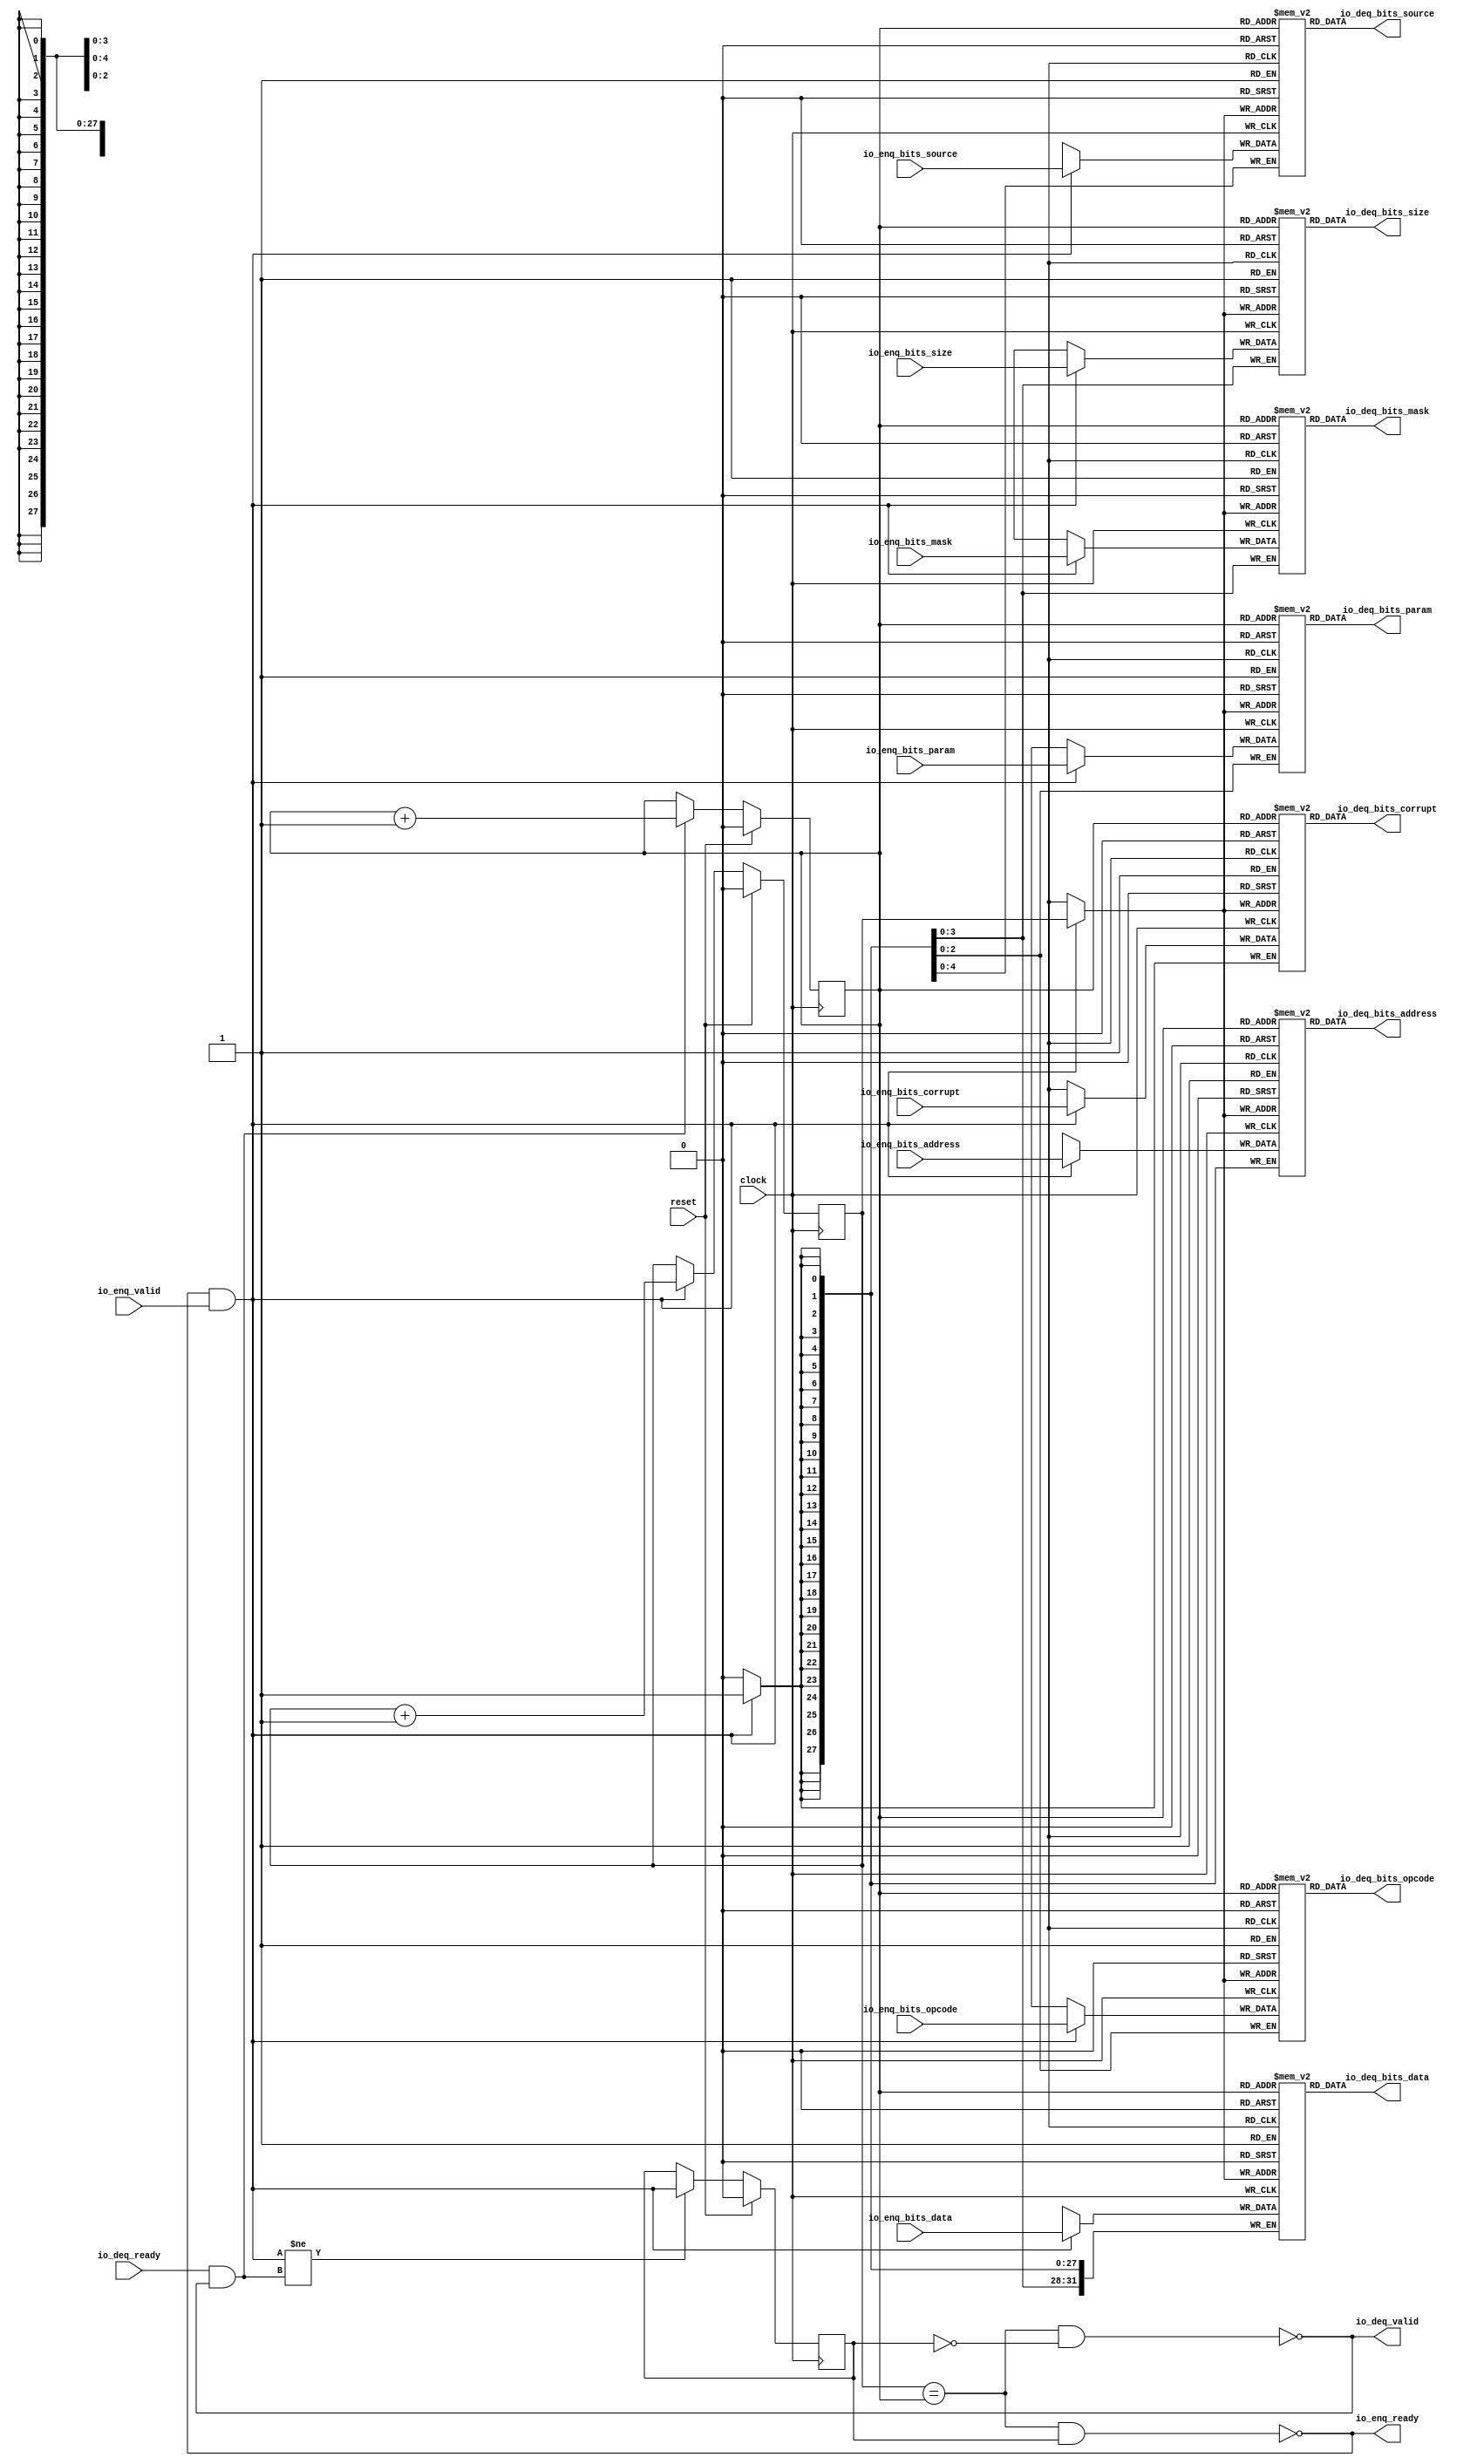
module Queue_21( // @[:freechips.rocketchip.system.DefaultRV32Config.fir@51518.2]
  input         clock, // @[:freechips.rocketchip.system.DefaultRV32Config.fir@51519.4]
  input         reset, // @[:freechips.rocketchip.system.DefaultRV32Config.fir@51520.4]
  output        io_enq_ready, // @[:freechips.rocketchip.system.DefaultRV32Config.fir@51521.4]
  input         io_enq_valid, // @[:freechips.rocketchip.system.DefaultRV32Config.fir@51521.4]
  input  [2:0]  io_enq_bits_opcode, // @[:freechips.rocketchip.system.DefaultRV32Config.fir@51521.4]
  input  [2:0]  io_enq_bits_param, // @[:freechips.rocketchip.system.DefaultRV32Config.fir@51521.4]
  input  [3:0]  io_enq_bits_size, // @[:freechips.rocketchip.system.DefaultRV32Config.fir@51521.4]
  input  [4:0]  io_enq_bits_source, // @[:freechips.rocketchip.system.DefaultRV32Config.fir@51521.4]
  input  [27:0] io_enq_bits_address, // @[:freechips.rocketchip.system.DefaultRV32Config.fir@51521.4]
  input  [3:0]  io_enq_bits_mask, // @[:freechips.rocketchip.system.DefaultRV32Config.fir@51521.4]
  input  [31:0] io_enq_bits_data, // @[:freechips.rocketchip.system.DefaultRV32Config.fir@51521.4]
  input         io_enq_bits_corrupt, // @[:freechips.rocketchip.system.DefaultRV32Config.fir@51521.4]
  input         io_deq_ready, // @[:freechips.rocketchip.system.DefaultRV32Config.fir@51521.4]
  output        io_deq_valid, // @[:freechips.rocketchip.system.DefaultRV32Config.fir@51521.4]
  output [2:0]  io_deq_bits_opcode, // @[:freechips.rocketchip.system.DefaultRV32Config.fir@51521.4]
  output [2:0]  io_deq_bits_param, // @[:freechips.rocketchip.system.DefaultRV32Config.fir@51521.4]
  output [3:0]  io_deq_bits_size, // @[:freechips.rocketchip.system.DefaultRV32Config.fir@51521.4]
  output [4:0]  io_deq_bits_source, // @[:freechips.rocketchip.system.DefaultRV32Config.fir@51521.4]
  output [27:0] io_deq_bits_address, // @[:freechips.rocketchip.system.DefaultRV32Config.fir@51521.4]
  output [3:0]  io_deq_bits_mask, // @[:freechips.rocketchip.system.DefaultRV32Config.fir@51521.4]
  output [31:0] io_deq_bits_data, // @[:freechips.rocketchip.system.DefaultRV32Config.fir@51521.4]
  output        io_deq_bits_corrupt // @[:freechips.rocketchip.system.DefaultRV32Config.fir@51521.4]
);
`ifdef RANDOMIZE_MEM_INIT
  reg [31:0] _RAND_0;
  reg [31:0] _RAND_1;
  reg [31:0] _RAND_2;
  reg [31:0] _RAND_3;
  reg [31:0] _RAND_4;
  reg [31:0] _RAND_5;
  reg [31:0] _RAND_6;
  reg [31:0] _RAND_7;
`endif // RANDOMIZE_MEM_INIT
`ifdef RANDOMIZE_REG_INIT
  reg [31:0] _RAND_8;
  reg [31:0] _RAND_9;
  reg [31:0] _RAND_10;
`endif // RANDOMIZE_REG_INIT
  reg [2:0] ram_opcode [0:1]; // @[Decoupled.scala 209:16:freechips.rocketchip.system.DefaultRV32Config.fir@51523.4]
  wire [2:0] ram_opcode__T_15_data; // @[Decoupled.scala 209:16:freechips.rocketchip.system.DefaultRV32Config.fir@51523.4]
  wire  ram_opcode__T_15_addr; // @[Decoupled.scala 209:16:freechips.rocketchip.system.DefaultRV32Config.fir@51523.4]
  wire [2:0] ram_opcode__T_5_data; // @[Decoupled.scala 209:16:freechips.rocketchip.system.DefaultRV32Config.fir@51523.4]
  wire  ram_opcode__T_5_addr; // @[Decoupled.scala 209:16:freechips.rocketchip.system.DefaultRV32Config.fir@51523.4]
  wire  ram_opcode__T_5_mask; // @[Decoupled.scala 209:16:freechips.rocketchip.system.DefaultRV32Config.fir@51523.4]
  wire  ram_opcode__T_5_en; // @[Decoupled.scala 209:16:freechips.rocketchip.system.DefaultRV32Config.fir@51523.4]
  reg [2:0] ram_param [0:1]; // @[Decoupled.scala 209:16:freechips.rocketchip.system.DefaultRV32Config.fir@51523.4]
  wire [2:0] ram_param__T_15_data; // @[Decoupled.scala 209:16:freechips.rocketchip.system.DefaultRV32Config.fir@51523.4]
  wire  ram_param__T_15_addr; // @[Decoupled.scala 209:16:freechips.rocketchip.system.DefaultRV32Config.fir@51523.4]
  wire [2:0] ram_param__T_5_data; // @[Decoupled.scala 209:16:freechips.rocketchip.system.DefaultRV32Config.fir@51523.4]
  wire  ram_param__T_5_addr; // @[Decoupled.scala 209:16:freechips.rocketchip.system.DefaultRV32Config.fir@51523.4]
  wire  ram_param__T_5_mask; // @[Decoupled.scala 209:16:freechips.rocketchip.system.DefaultRV32Config.fir@51523.4]
  wire  ram_param__T_5_en; // @[Decoupled.scala 209:16:freechips.rocketchip.system.DefaultRV32Config.fir@51523.4]
  reg [3:0] ram_size [0:1]; // @[Decoupled.scala 209:16:freechips.rocketchip.system.DefaultRV32Config.fir@51523.4]
  wire [3:0] ram_size__T_15_data; // @[Decoupled.scala 209:16:freechips.rocketchip.system.DefaultRV32Config.fir@51523.4]
  wire  ram_size__T_15_addr; // @[Decoupled.scala 209:16:freechips.rocketchip.system.DefaultRV32Config.fir@51523.4]
  wire [3:0] ram_size__T_5_data; // @[Decoupled.scala 209:16:freechips.rocketchip.system.DefaultRV32Config.fir@51523.4]
  wire  ram_size__T_5_addr; // @[Decoupled.scala 209:16:freechips.rocketchip.system.DefaultRV32Config.fir@51523.4]
  wire  ram_size__T_5_mask; // @[Decoupled.scala 209:16:freechips.rocketchip.system.DefaultRV32Config.fir@51523.4]
  wire  ram_size__T_5_en; // @[Decoupled.scala 209:16:freechips.rocketchip.system.DefaultRV32Config.fir@51523.4]
  reg [4:0] ram_source [0:1]; // @[Decoupled.scala 209:16:freechips.rocketchip.system.DefaultRV32Config.fir@51523.4]
  wire [4:0] ram_source__T_15_data; // @[Decoupled.scala 209:16:freechips.rocketchip.system.DefaultRV32Config.fir@51523.4]
  wire  ram_source__T_15_addr; // @[Decoupled.scala 209:16:freechips.rocketchip.system.DefaultRV32Config.fir@51523.4]
  wire [4:0] ram_source__T_5_data; // @[Decoupled.scala 209:16:freechips.rocketchip.system.DefaultRV32Config.fir@51523.4]
  wire  ram_source__T_5_addr; // @[Decoupled.scala 209:16:freechips.rocketchip.system.DefaultRV32Config.fir@51523.4]
  wire  ram_source__T_5_mask; // @[Decoupled.scala 209:16:freechips.rocketchip.system.DefaultRV32Config.fir@51523.4]
  wire  ram_source__T_5_en; // @[Decoupled.scala 209:16:freechips.rocketchip.system.DefaultRV32Config.fir@51523.4]
  reg [27:0] ram_address [0:1]; // @[Decoupled.scala 209:16:freechips.rocketchip.system.DefaultRV32Config.fir@51523.4]
  wire [27:0] ram_address__T_15_data; // @[Decoupled.scala 209:16:freechips.rocketchip.system.DefaultRV32Config.fir@51523.4]
  wire  ram_address__T_15_addr; // @[Decoupled.scala 209:16:freechips.rocketchip.system.DefaultRV32Config.fir@51523.4]
  wire [27:0] ram_address__T_5_data; // @[Decoupled.scala 209:16:freechips.rocketchip.system.DefaultRV32Config.fir@51523.4]
  wire  ram_address__T_5_addr; // @[Decoupled.scala 209:16:freechips.rocketchip.system.DefaultRV32Config.fir@51523.4]
  wire  ram_address__T_5_mask; // @[Decoupled.scala 209:16:freechips.rocketchip.system.DefaultRV32Config.fir@51523.4]
  wire  ram_address__T_5_en; // @[Decoupled.scala 209:16:freechips.rocketchip.system.DefaultRV32Config.fir@51523.4]
  reg [3:0] ram_mask [0:1]; // @[Decoupled.scala 209:16:freechips.rocketchip.system.DefaultRV32Config.fir@51523.4]
  wire [3:0] ram_mask__T_15_data; // @[Decoupled.scala 209:16:freechips.rocketchip.system.DefaultRV32Config.fir@51523.4]
  wire  ram_mask__T_15_addr; // @[Decoupled.scala 209:16:freechips.rocketchip.system.DefaultRV32Config.fir@51523.4]
  wire [3:0] ram_mask__T_5_data; // @[Decoupled.scala 209:16:freechips.rocketchip.system.DefaultRV32Config.fir@51523.4]
  wire  ram_mask__T_5_addr; // @[Decoupled.scala 209:16:freechips.rocketchip.system.DefaultRV32Config.fir@51523.4]
  wire  ram_mask__T_5_mask; // @[Decoupled.scala 209:16:freechips.rocketchip.system.DefaultRV32Config.fir@51523.4]
  wire  ram_mask__T_5_en; // @[Decoupled.scala 209:16:freechips.rocketchip.system.DefaultRV32Config.fir@51523.4]
  reg [31:0] ram_data [0:1]; // @[Decoupled.scala 209:16:freechips.rocketchip.system.DefaultRV32Config.fir@51523.4]
  wire [31:0] ram_data__T_15_data; // @[Decoupled.scala 209:16:freechips.rocketchip.system.DefaultRV32Config.fir@51523.4]
  wire  ram_data__T_15_addr; // @[Decoupled.scala 209:16:freechips.rocketchip.system.DefaultRV32Config.fir@51523.4]
  wire [31:0] ram_data__T_5_data; // @[Decoupled.scala 209:16:freechips.rocketchip.system.DefaultRV32Config.fir@51523.4]
  wire  ram_data__T_5_addr; // @[Decoupled.scala 209:16:freechips.rocketchip.system.DefaultRV32Config.fir@51523.4]
  wire  ram_data__T_5_mask; // @[Decoupled.scala 209:16:freechips.rocketchip.system.DefaultRV32Config.fir@51523.4]
  wire  ram_data__T_5_en; // @[Decoupled.scala 209:16:freechips.rocketchip.system.DefaultRV32Config.fir@51523.4]
  reg  ram_corrupt [0:1]; // @[Decoupled.scala 209:16:freechips.rocketchip.system.DefaultRV32Config.fir@51523.4]
  wire  ram_corrupt__T_15_data; // @[Decoupled.scala 209:16:freechips.rocketchip.system.DefaultRV32Config.fir@51523.4]
  wire  ram_corrupt__T_15_addr; // @[Decoupled.scala 209:16:freechips.rocketchip.system.DefaultRV32Config.fir@51523.4]
  wire  ram_corrupt__T_5_data; // @[Decoupled.scala 209:16:freechips.rocketchip.system.DefaultRV32Config.fir@51523.4]
  wire  ram_corrupt__T_5_addr; // @[Decoupled.scala 209:16:freechips.rocketchip.system.DefaultRV32Config.fir@51523.4]
  wire  ram_corrupt__T_5_mask; // @[Decoupled.scala 209:16:freechips.rocketchip.system.DefaultRV32Config.fir@51523.4]
  wire  ram_corrupt__T_5_en; // @[Decoupled.scala 209:16:freechips.rocketchip.system.DefaultRV32Config.fir@51523.4]
  reg  _T; // @[Counter.scala 29:33:freechips.rocketchip.system.DefaultRV32Config.fir@51524.4]
  reg  _T_1; // @[Counter.scala 29:33:freechips.rocketchip.system.DefaultRV32Config.fir@51525.4]
  reg  maybe_full; // @[Decoupled.scala 212:27:freechips.rocketchip.system.DefaultRV32Config.fir@51526.4]
  wire  ptr_match; // @[Decoupled.scala 214:33:freechips.rocketchip.system.DefaultRV32Config.fir@51527.4]
  wire  _T_2; // @[Decoupled.scala 215:28:freechips.rocketchip.system.DefaultRV32Config.fir@51528.4]
  wire  empty; // @[Decoupled.scala 215:25:freechips.rocketchip.system.DefaultRV32Config.fir@51529.4]
  wire  full; // @[Decoupled.scala 216:24:freechips.rocketchip.system.DefaultRV32Config.fir@51530.4]
  wire  do_enq; // @[Decoupled.scala 40:37:freechips.rocketchip.system.DefaultRV32Config.fir@51531.4]
  wire  do_deq; // @[Decoupled.scala 40:37:freechips.rocketchip.system.DefaultRV32Config.fir@51534.4]
  wire  _T_8; // @[Counter.scala 39:22:freechips.rocketchip.system.DefaultRV32Config.fir@51549.6]
  wire  _T_11; // @[Counter.scala 39:22:freechips.rocketchip.system.DefaultRV32Config.fir@51555.6]
  wire  _T_12; // @[Decoupled.scala 227:16:freechips.rocketchip.system.DefaultRV32Config.fir@51558.4]
  assign ram_opcode__T_15_addr = _T_1;
  assign ram_opcode__T_15_data = ram_opcode[ram_opcode__T_15_addr]; // @[Decoupled.scala 209:16:freechips.rocketchip.system.DefaultRV32Config.fir@51523.4]
  assign ram_opcode__T_5_data = io_enq_bits_opcode;
  assign ram_opcode__T_5_addr = _T;
  assign ram_opcode__T_5_mask = 1'h1;
  assign ram_opcode__T_5_en = io_enq_ready & io_enq_valid;
  assign ram_param__T_15_addr = _T_1;
  assign ram_param__T_15_data = ram_param[ram_param__T_15_addr]; // @[Decoupled.scala 209:16:freechips.rocketchip.system.DefaultRV32Config.fir@51523.4]
  assign ram_param__T_5_data = io_enq_bits_param;
  assign ram_param__T_5_addr = _T;
  assign ram_param__T_5_mask = 1'h1;
  assign ram_param__T_5_en = io_enq_ready & io_enq_valid;
  assign ram_size__T_15_addr = _T_1;
  assign ram_size__T_15_data = ram_size[ram_size__T_15_addr]; // @[Decoupled.scala 209:16:freechips.rocketchip.system.DefaultRV32Config.fir@51523.4]
  assign ram_size__T_5_data = io_enq_bits_size;
  assign ram_size__T_5_addr = _T;
  assign ram_size__T_5_mask = 1'h1;
  assign ram_size__T_5_en = io_enq_ready & io_enq_valid;
  assign ram_source__T_15_addr = _T_1;
  assign ram_source__T_15_data = ram_source[ram_source__T_15_addr]; // @[Decoupled.scala 209:16:freechips.rocketchip.system.DefaultRV32Config.fir@51523.4]
  assign ram_source__T_5_data = io_enq_bits_source;
  assign ram_source__T_5_addr = _T;
  assign ram_source__T_5_mask = 1'h1;
  assign ram_source__T_5_en = io_enq_ready & io_enq_valid;
  assign ram_address__T_15_addr = _T_1;
  assign ram_address__T_15_data = ram_address[ram_address__T_15_addr]; // @[Decoupled.scala 209:16:freechips.rocketchip.system.DefaultRV32Config.fir@51523.4]
  assign ram_address__T_5_data = io_enq_bits_address;
  assign ram_address__T_5_addr = _T;
  assign ram_address__T_5_mask = 1'h1;
  assign ram_address__T_5_en = io_enq_ready & io_enq_valid;
  assign ram_mask__T_15_addr = _T_1;
  assign ram_mask__T_15_data = ram_mask[ram_mask__T_15_addr]; // @[Decoupled.scala 209:16:freechips.rocketchip.system.DefaultRV32Config.fir@51523.4]
  assign ram_mask__T_5_data = io_enq_bits_mask;
  assign ram_mask__T_5_addr = _T;
  assign ram_mask__T_5_mask = 1'h1;
  assign ram_mask__T_5_en = io_enq_ready & io_enq_valid;
  assign ram_data__T_15_addr = _T_1;
  assign ram_data__T_15_data = ram_data[ram_data__T_15_addr]; // @[Decoupled.scala 209:16:freechips.rocketchip.system.DefaultRV32Config.fir@51523.4]
  assign ram_data__T_5_data = io_enq_bits_data;
  assign ram_data__T_5_addr = _T;
  assign ram_data__T_5_mask = 1'h1;
  assign ram_data__T_5_en = io_enq_ready & io_enq_valid;
  assign ram_corrupt__T_15_addr = _T_1;
  assign ram_corrupt__T_15_data = ram_corrupt[ram_corrupt__T_15_addr]; // @[Decoupled.scala 209:16:freechips.rocketchip.system.DefaultRV32Config.fir@51523.4]
  assign ram_corrupt__T_5_data = io_enq_bits_corrupt;
  assign ram_corrupt__T_5_addr = _T;
  assign ram_corrupt__T_5_mask = 1'h1;
  assign ram_corrupt__T_5_en = io_enq_ready & io_enq_valid;
  assign ptr_match = _T == _T_1; // @[Decoupled.scala 214:33:freechips.rocketchip.system.DefaultRV32Config.fir@51527.4]
  assign _T_2 = ~maybe_full; // @[Decoupled.scala 215:28:freechips.rocketchip.system.DefaultRV32Config.fir@51528.4]
  assign empty = ptr_match & _T_2; // @[Decoupled.scala 215:25:freechips.rocketchip.system.DefaultRV32Config.fir@51529.4]
  assign full = ptr_match & maybe_full; // @[Decoupled.scala 216:24:freechips.rocketchip.system.DefaultRV32Config.fir@51530.4]
  assign do_enq = io_enq_ready & io_enq_valid; // @[Decoupled.scala 40:37:freechips.rocketchip.system.DefaultRV32Config.fir@51531.4]
  assign do_deq = io_deq_ready & io_deq_valid; // @[Decoupled.scala 40:37:freechips.rocketchip.system.DefaultRV32Config.fir@51534.4]
  assign _T_8 = _T + 1'h1; // @[Counter.scala 39:22:freechips.rocketchip.system.DefaultRV32Config.fir@51549.6]
  assign _T_11 = _T_1 + 1'h1; // @[Counter.scala 39:22:freechips.rocketchip.system.DefaultRV32Config.fir@51555.6]
  assign _T_12 = do_enq != do_deq; // @[Decoupled.scala 227:16:freechips.rocketchip.system.DefaultRV32Config.fir@51558.4]
  assign io_enq_ready = ~full; // @[Decoupled.scala 232:16:freechips.rocketchip.system.DefaultRV32Config.fir@51565.4]
  assign io_deq_valid = ~empty; // @[Decoupled.scala 231:16:freechips.rocketchip.system.DefaultRV32Config.fir@51563.4]
  assign io_deq_bits_opcode = ram_opcode__T_15_data; // @[Decoupled.scala 233:15:freechips.rocketchip.system.DefaultRV32Config.fir@51574.4]
  assign io_deq_bits_param = ram_param__T_15_data; // @[Decoupled.scala 233:15:freechips.rocketchip.system.DefaultRV32Config.fir@51573.4]
  assign io_deq_bits_size = ram_size__T_15_data; // @[Decoupled.scala 233:15:freechips.rocketchip.system.DefaultRV32Config.fir@51572.4]
  assign io_deq_bits_source = ram_source__T_15_data; // @[Decoupled.scala 233:15:freechips.rocketchip.system.DefaultRV32Config.fir@51571.4]
  assign io_deq_bits_address = ram_address__T_15_data; // @[Decoupled.scala 233:15:freechips.rocketchip.system.DefaultRV32Config.fir@51570.4]
  assign io_deq_bits_mask = ram_mask__T_15_data; // @[Decoupled.scala 233:15:freechips.rocketchip.system.DefaultRV32Config.fir@51569.4]
  assign io_deq_bits_data = ram_data__T_15_data; // @[Decoupled.scala 233:15:freechips.rocketchip.system.DefaultRV32Config.fir@51568.4]
  assign io_deq_bits_corrupt = ram_corrupt__T_15_data; // @[Decoupled.scala 233:15:freechips.rocketchip.system.DefaultRV32Config.fir@51567.4]
`ifdef RANDOMIZE_GARBAGE_ASSIGN
`define RANDOMIZE
`endif
`ifdef RANDOMIZE_INVALID_ASSIGN
`define RANDOMIZE
`endif
`ifdef RANDOMIZE_REG_INIT
`define RANDOMIZE
`endif
`ifdef RANDOMIZE_MEM_INIT
`define RANDOMIZE
`endif
`ifndef RANDOM
`define RANDOM $random
`endif
`ifdef RANDOMIZE_MEM_INIT
  integer initvar;
`endif
`ifndef SYNTHESIS
`ifdef FIRRTL_BEFORE_INITIAL
`FIRRTL_BEFORE_INITIAL
`endif
initial begin
  `ifdef RANDOMIZE
    `ifdef INIT_RANDOM
      `INIT_RANDOM
    `endif
    `ifndef VERILATOR
      `ifdef RANDOMIZE_DELAY
        #`RANDOMIZE_DELAY begin end
      `else
        #0.002 begin end
      `endif
    `endif
`ifdef RANDOMIZE_MEM_INIT
  _RAND_0 = {1{`RANDOM}};
  for (initvar = 0; initvar < 2; initvar = initvar+1)
    ram_opcode[initvar] = _RAND_0[2:0];
  _RAND_1 = {1{`RANDOM}};
  for (initvar = 0; initvar < 2; initvar = initvar+1)
    ram_param[initvar] = _RAND_1[2:0];
  _RAND_2 = {1{`RANDOM}};
  for (initvar = 0; initvar < 2; initvar = initvar+1)
    ram_size[initvar] = _RAND_2[3:0];
  _RAND_3 = {1{`RANDOM}};
  for (initvar = 0; initvar < 2; initvar = initvar+1)
    ram_source[initvar] = _RAND_3[4:0];
  _RAND_4 = {1{`RANDOM}};
  for (initvar = 0; initvar < 2; initvar = initvar+1)
    ram_address[initvar] = _RAND_4[27:0];
  _RAND_5 = {1{`RANDOM}};
  for (initvar = 0; initvar < 2; initvar = initvar+1)
    ram_mask[initvar] = _RAND_5[3:0];
  _RAND_6 = {1{`RANDOM}};
  for (initvar = 0; initvar < 2; initvar = initvar+1)
    ram_data[initvar] = _RAND_6[31:0];
  _RAND_7 = {1{`RANDOM}};
  for (initvar = 0; initvar < 2; initvar = initvar+1)
    ram_corrupt[initvar] = _RAND_7[0:0];
`endif // RANDOMIZE_MEM_INIT
`ifdef RANDOMIZE_REG_INIT
  _RAND_8 = {1{`RANDOM}};
  _T = _RAND_8[0:0];
  _RAND_9 = {1{`RANDOM}};
  _T_1 = _RAND_9[0:0];
  _RAND_10 = {1{`RANDOM}};
  maybe_full = _RAND_10[0:0];
`endif // RANDOMIZE_REG_INIT
  `endif // RANDOMIZE
end // initial
`ifdef FIRRTL_AFTER_INITIAL
`FIRRTL_AFTER_INITIAL
`endif
`endif // SYNTHESIS
  always @(posedge clock) begin
    if(ram_opcode__T_5_en & ram_opcode__T_5_mask) begin
      ram_opcode[ram_opcode__T_5_addr] <= ram_opcode__T_5_data; // @[Decoupled.scala 209:16:freechips.rocketchip.system.DefaultRV32Config.fir@51523.4]
    end
    if(ram_param__T_5_en & ram_param__T_5_mask) begin
      ram_param[ram_param__T_5_addr] <= ram_param__T_5_data; // @[Decoupled.scala 209:16:freechips.rocketchip.system.DefaultRV32Config.fir@51523.4]
    end
    if(ram_size__T_5_en & ram_size__T_5_mask) begin
      ram_size[ram_size__T_5_addr] <= ram_size__T_5_data; // @[Decoupled.scala 209:16:freechips.rocketchip.system.DefaultRV32Config.fir@51523.4]
    end
    if(ram_source__T_5_en & ram_source__T_5_mask) begin
      ram_source[ram_source__T_5_addr] <= ram_source__T_5_data; // @[Decoupled.scala 209:16:freechips.rocketchip.system.DefaultRV32Config.fir@51523.4]
    end
    if(ram_address__T_5_en & ram_address__T_5_mask) begin
      ram_address[ram_address__T_5_addr] <= ram_address__T_5_data; // @[Decoupled.scala 209:16:freechips.rocketchip.system.DefaultRV32Config.fir@51523.4]
    end
    if(ram_mask__T_5_en & ram_mask__T_5_mask) begin
      ram_mask[ram_mask__T_5_addr] <= ram_mask__T_5_data; // @[Decoupled.scala 209:16:freechips.rocketchip.system.DefaultRV32Config.fir@51523.4]
    end
    if(ram_data__T_5_en & ram_data__T_5_mask) begin
      ram_data[ram_data__T_5_addr] <= ram_data__T_5_data; // @[Decoupled.scala 209:16:freechips.rocketchip.system.DefaultRV32Config.fir@51523.4]
    end
    if(ram_corrupt__T_5_en & ram_corrupt__T_5_mask) begin
      ram_corrupt[ram_corrupt__T_5_addr] <= ram_corrupt__T_5_data; // @[Decoupled.scala 209:16:freechips.rocketchip.system.DefaultRV32Config.fir@51523.4]
    end
    if (reset) begin
      _T <= 1'h0;
    end else if (do_enq) begin
      _T <= _T_8;
    end
    if (reset) begin
      _T_1 <= 1'h0;
    end else if (do_deq) begin
      _T_1 <= _T_11;
    end
    if (reset) begin
      maybe_full <= 1'h0;
    end else if (_T_12) begin
      maybe_full <= do_enq;
    end
  end
endmodule